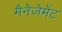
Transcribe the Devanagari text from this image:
मैनेजेमेंट